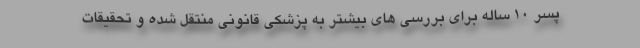
پسر 10 ساله برای بررسی های بیشتر به پزشکی قانونی منتقل شده و تحقیقات